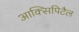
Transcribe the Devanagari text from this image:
आक्सिपिटैल